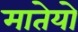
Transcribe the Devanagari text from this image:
मातेयो